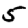
Digit: 5